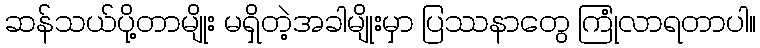
ဆန်သယ်ပို့တာမျိုး မရှိတဲ့အခါမျိုးမှာ ပြဿနာတွေ ကြုံလာရတာပါ။